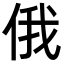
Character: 俄